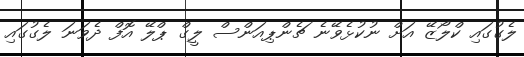
ލެގުގައި ކްލޯޒޭ އަށް ނުކުޅެވޭނެ ޗެންޕިއަންސް ލީގް ޕްލޭ އޮފް ދެވަނަ ލެގުގައި